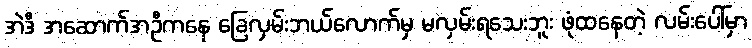
အဲဒီ အဆောက်အဦကနေ ခြေလှမ်းဘယ်လောက်မှ မလှမ်းရသေးဘူး ဖုံထနေတဲ့ လမ်းပေါ်မှာ